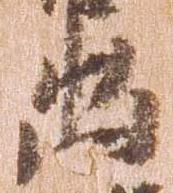
出